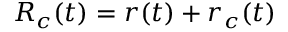
\boldsymbol { R } _ { c } ( t ) = \boldsymbol { r } ( t ) + \boldsymbol { r } _ { c } ( t )